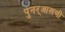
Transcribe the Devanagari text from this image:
पुनर्‌आखणी